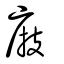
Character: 庪